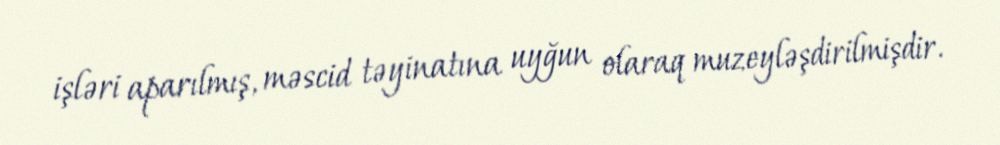
işləri aparılmış, məscid təyinatına uyğun olaraq muzeyləşdirilmişdir.